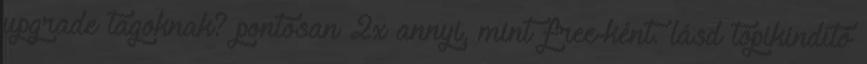
upgrade tagoknak? pontosan 2x annyi, mint free-ként. lásd topikindító